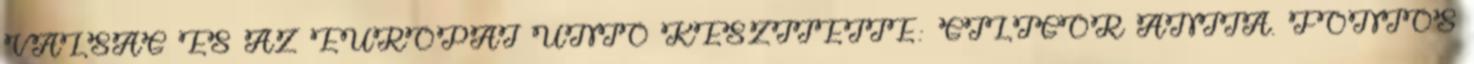
VÁLSÁG ÉS AZ EURÓPAI UNIÓ KÉSZITETTE: GILIGOR ANITA. FONTOS